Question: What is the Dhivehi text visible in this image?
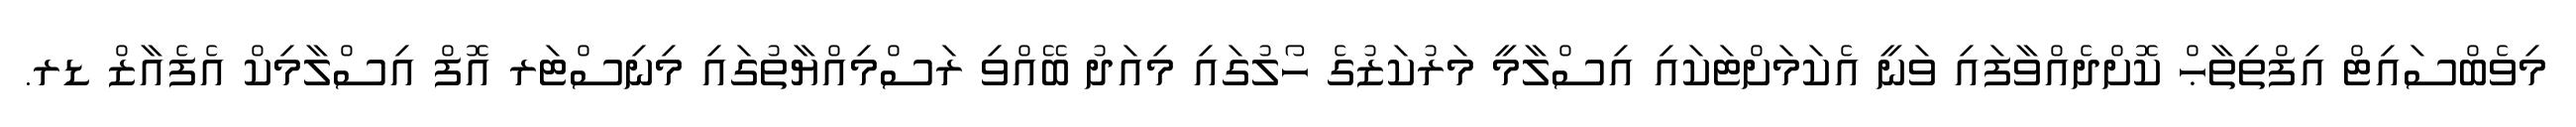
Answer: މިވެބްސައިޓް އިފްތިތާޙް ކޮށްދެއްވާފައި ވަނީ އެކަމަށްޓަކައި އިސްލާމީ މަރުކަޒުގެ ހޯލުގައި މިއަދު ބޭއްވި ރަސްމިއްޔާތުގައި މިނިސްޓަރ އޮފް އިސްލާމިކް އެފެއާޒް ޑރ.